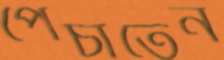
পেঁচাতেন